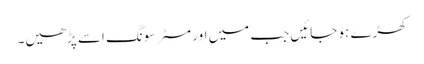
کھڑے ہو جائیں جب میں اور مسٹر سونگ اِسے پڑھیں۔